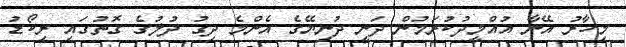
މިހާރު އޭނާ އުއްމީދުކުރަމުން ދަނީ ދުނިޔޭގެ އެންމެ ދިގު ދުލުގެ ގޮތުގައި ރިކޯޑު